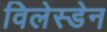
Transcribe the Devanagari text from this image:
विलेस्डेन